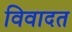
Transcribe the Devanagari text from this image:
विवादत